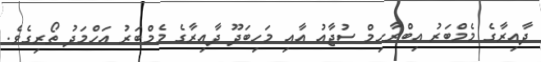
ދާއިރާގެ މެމްބަރު އިބްރާހިމް ސުޖާއު އާއި މަހިބަދޫ ދާއިރާގެ މެމްބަރު އަހްމަދު ތޯރިގެވެ.